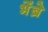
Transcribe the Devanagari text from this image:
भेंब्रे